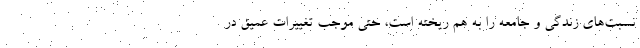
نسبت‌هاي زندگي و جامعه را به هم ريخته است، حتي موجب تغييرات عميق در